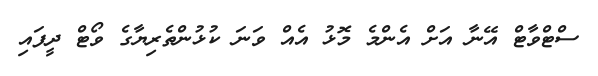
ސްޓްވާޓް އޭނާ އަށް އެންމެ މޮޅު އެއް ވަނަ ކުޅުންތެރިޔާގެ ވޯޓް ދީފައި